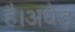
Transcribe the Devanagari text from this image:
है।अधेड़